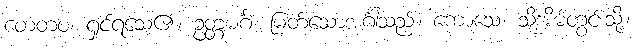
တေတဝ၊ ရှင်ရသေ့၏။ ဥတ္တမင်္ဂံ၊ မြတ်သောအင်္ဂါသည်။ ကောသေ၊ သို့အိမ်တွင်းသို့။